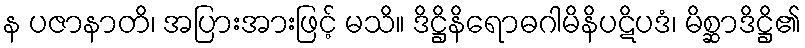
န ပဇာနာတိ၊ အပြားအားဖြင့် မသိ။ ဒိဋ္ဌိနိရောဓဂါမိနိပဋိပဒံ၊ မိစ္ဆာဒိဋ္ဌိ၏